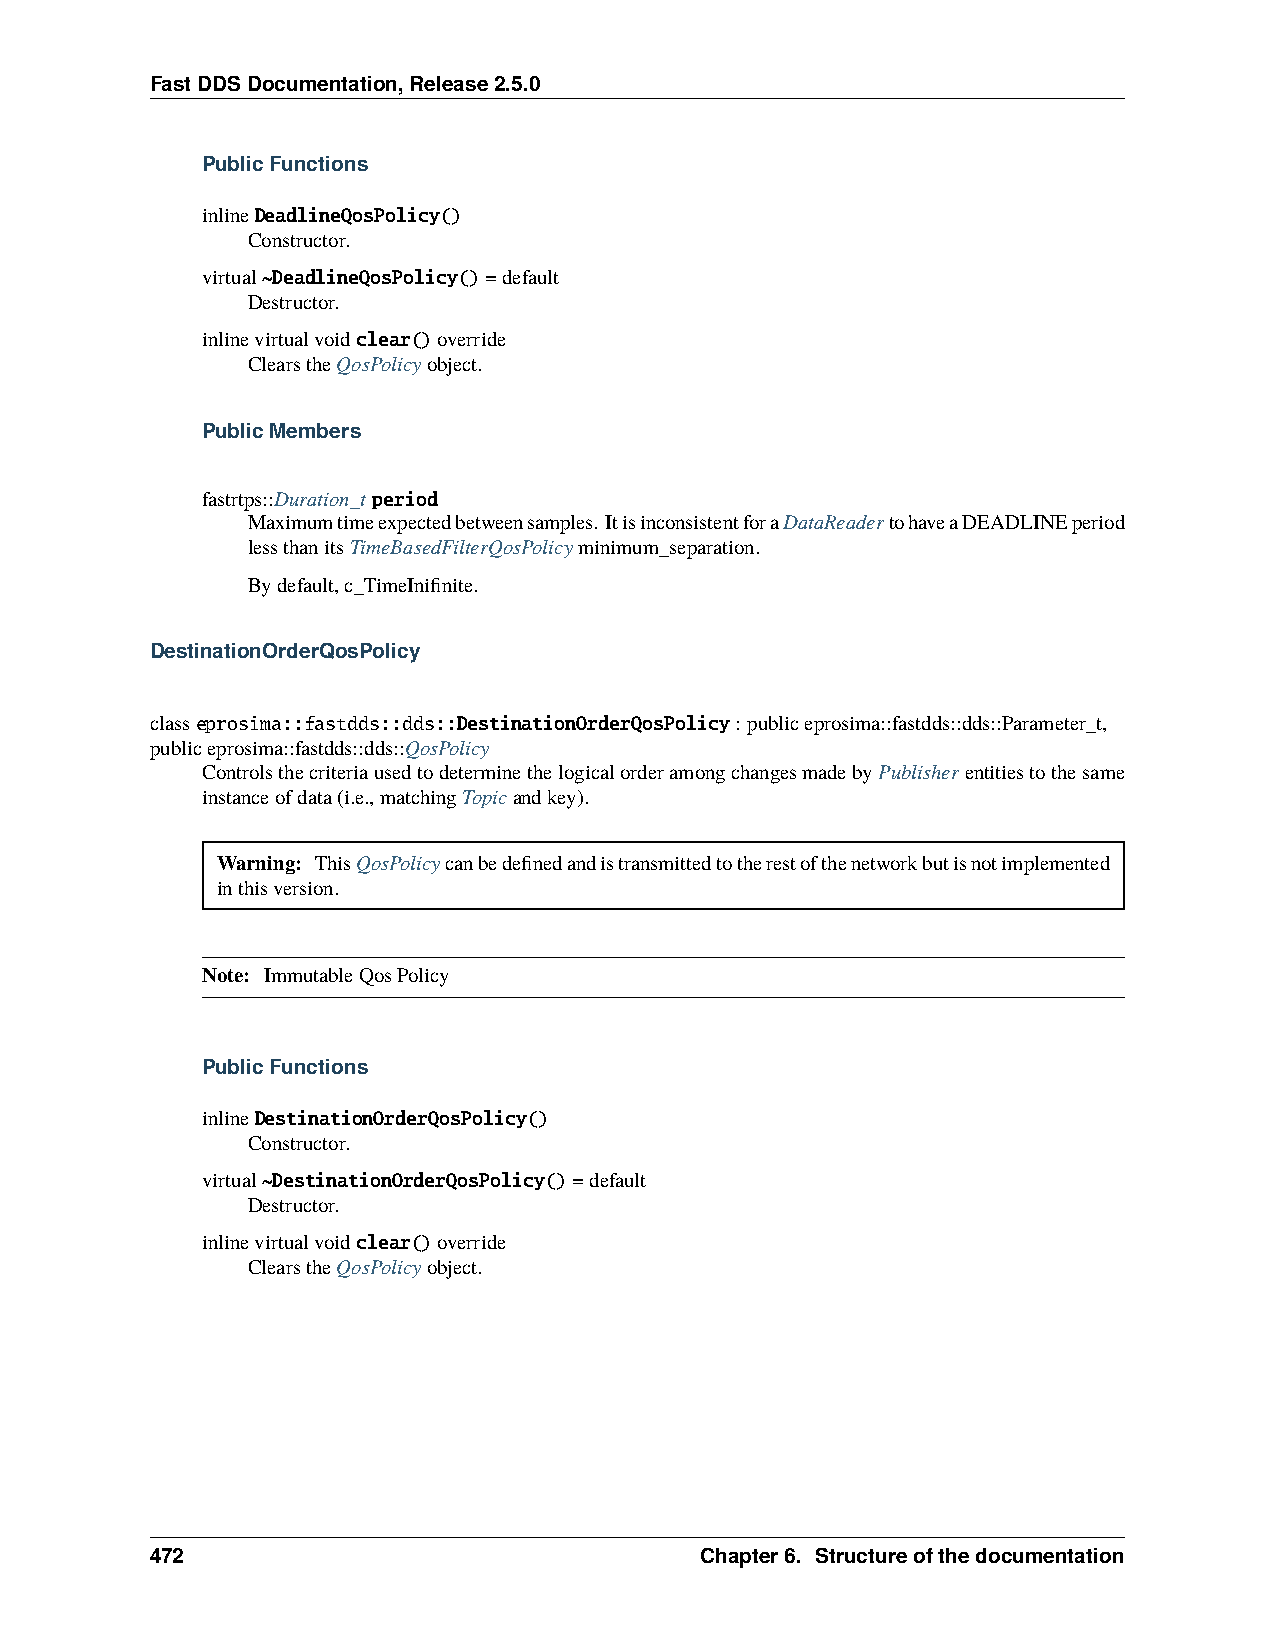
FastDDSDocumentation,Release2.5.0
 PublicFunctions
 inlineDeadlineQosPolicy()
 Constructor.
 virtual~DeadlineQosPolicy()=default
 Destructor.
 inlinevirtualvoidclear()override
 ClearstheQosPolicyobject.
 PublicMembers
 fastrtps::Duration_tperiod
 Maximumtimeexpectedbetweensamples. ItisinconsistentforaDataReadertohaveaDEADLINEperiod
 lessthanitsTimeBasedFilterQosPolicyminimum_separation.
 Bydefault,c_TimeInifinite.
 DestinationOrderQosPolicy
 classeprosima::fastdds::dds::DestinationOrderQosPolicy: publiceprosima::fastdds::dds::Parameter_t,
 publiceprosima::fastdds::dds::QosPolicy
 ControlsthecriteriausedtodeterminethelogicalorderamongchangesmadebyPublisher entitiestothesame
 instanceofdata(i.e.,matchingTopicandkey).
 Warning: ThisQosPolicycanbedefinedandistransmittedtotherestofthenetworkbutisnotimplemented
 inthisversion.
 Note: ImmutableQosPolicy
 PublicFunctions
 inlineDestinationOrderQosPolicy()
 Constructor.
 virtual~DestinationOrderQosPolicy()=default
 Destructor.
 inlinevirtualvoidclear()override
 ClearstheQosPolicyobject.
 472                                 Chapter6. Structureofthedocumentation